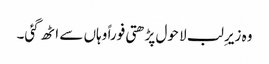
وہ زیرِ لب لا حول پڑھتی فوراً وہاں سے اٹھ گئی۔